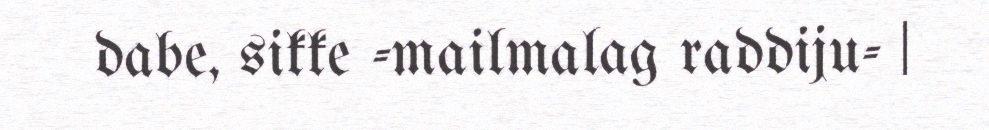
dabe, sikke -mailmalag raddiju- |